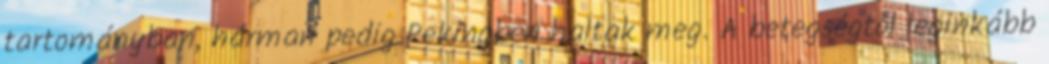
tartományban, hárman pedig Pekingben haltak meg. A betegségtől leginkább